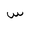
Letter: _sin